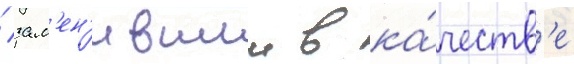
/ зам'ен'ившии в ка́честв'е